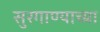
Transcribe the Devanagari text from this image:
सुरगाण्याच्या